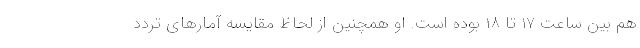
هم بین ساعت ۱۷ تا ۱۸ بوده است. او همچنین از لحاظ مقایسه آمار‌های تردد